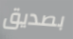
بصديق